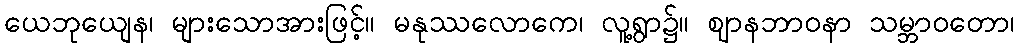
ယေဘုယျေန၊ များသောအားဖြင့်။ မနုဿလောကေ၊ လူ့ရွာ၌။ ဈာနဘာဝနာ သမ္ဘာဝတော၊